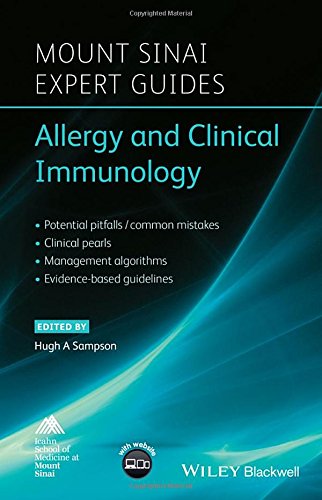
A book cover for Mount Sinai Expert Guides: Allergy and Clinical Immunology; Medical Books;